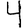
Digit: 4